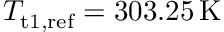
T _ { \mathrm { t } 1 , \mathrm { r e f } } = 3 0 3 . 2 5 \, \mathrm { K }